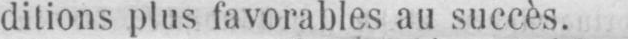
ditions plus favorables au succès.